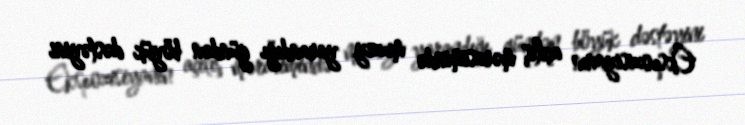
Ekspozisiyanın açılış mərasimində muzey yarandığı gündən böyük dəstəyini